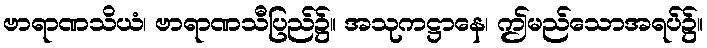
ဗာရာဏသိယံ၊ ဗာရာဏသီပြည်၌။ အသုကဋ္ဌာနေ၊ ဤမည်သောအရပ်၌။